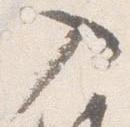
入